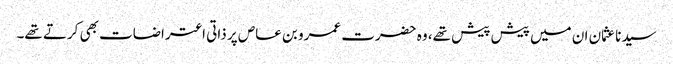
سیدنا عثمان ان میں پیش پیش تھے، وہ حضرت عمرو بن عاص پر ذاتی اعتراضات بھی کرتے تھے۔